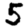
Digit: 5